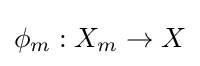
\phi _{m}:X_{m}\rightarrow X